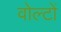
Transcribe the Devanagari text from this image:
वोल्टों